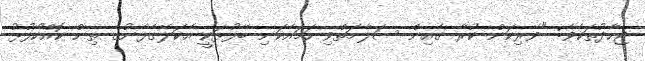
ޖިހާދުތަކެވެ: "ވެރިކަން ކުރާ ގެއިން ސަލާމަތްވި ހަމައެކަނި ބޭފުޅަކީ އެކަލޭގެފާނުގެ ތިން ކޮއްކޯފުޅު